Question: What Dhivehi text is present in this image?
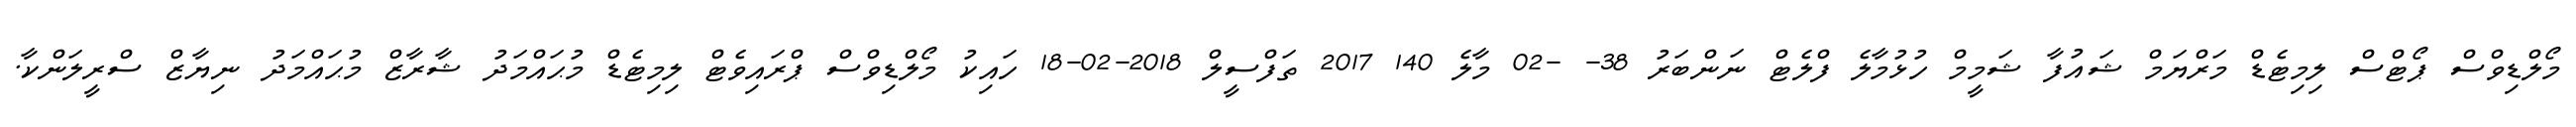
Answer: މޯލްޑިވްސް ޕޯޓްސް ލިމިޓެޑް މަރްޔަމް ޝައުފާ ޝަމީމް ހުޅުމާލެ ފްލެޓް ނަންބަރު 38- -02 މާލެ 140 2017 ތަފްސީލް 2018-02-18 ހައިކު މޯލްޑިވްސް ޕްރައިވެޓް ލިމިޓެޑް މުޙައްމަދު ޝާރާޒް މުޙައްމަދު ނިޔާޒް ސްރީލަންކާ.